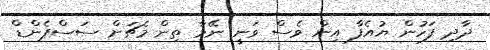
ދާދި ފަހުން ޔުއެފާ އިން ވެސް ވަނީ ނޭމާ ތިން މެޗަށް ސަސްޕެންޑް